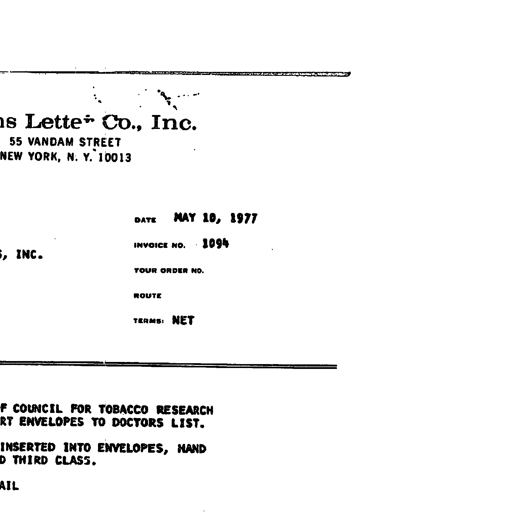
Lette Co., Inc.
55 VANDAM STREET
NEW YORK, N. Y. 10013

DATE MAY 10, 1977
INVOICE NO. 1094
YOUR ORDER NO.
ROUTE
TERMS: NET

COUNCIL FOR TOBACCO RESEARCH
ENVELOPES TO DOCTORS LIST.
INSERTED INTO ENVELOPES, HAND
THIRD CLASS.